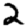
Digit: 2